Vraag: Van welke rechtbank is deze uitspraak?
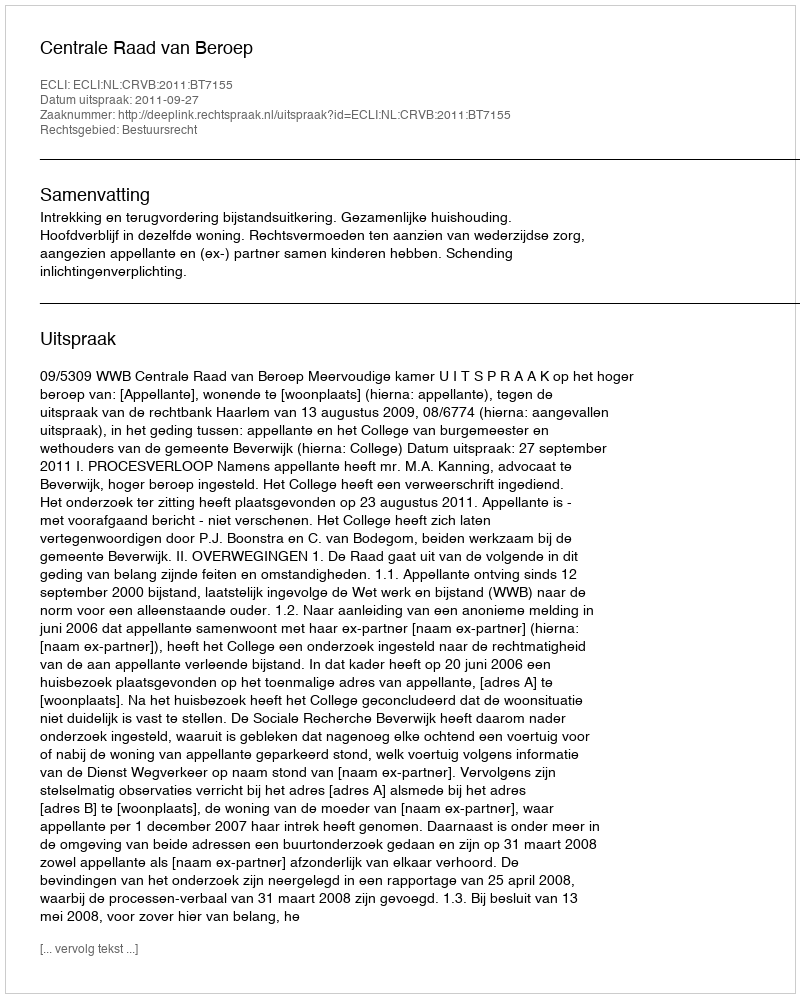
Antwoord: Centrale Raad van Beroep